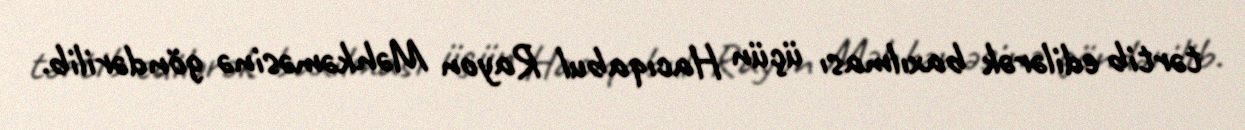
tərtib edilərək baxılması üçün Hacıqabul Rayon Məhkəməsinə göndərilib.